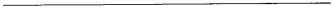
___